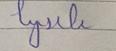
Signature authenticity: forged